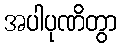
အပါပုဏိတွာ